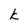
Character: k